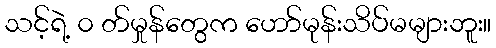
သင့်ရဲ့ ၀ တ်မှုန်တွေက ဟော်မုန်းသိပ်မများဘူး။